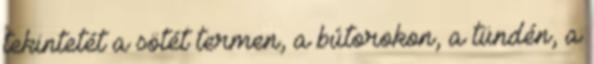
tekintetét a sötét termen, a bútorokon, a tündén, a